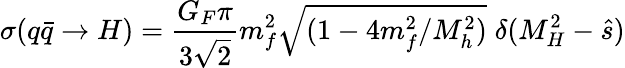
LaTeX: \sigma(q\bar{q}\to H)=\frac{G_{F}\pi}{3\sqrt{2}}m_{f}^{2}\sqrt{(1-4m_{f}^{2}/M_{h}^{2})}\; \delta(M_{H}^{2}-\hat{s})